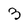
Character: 3